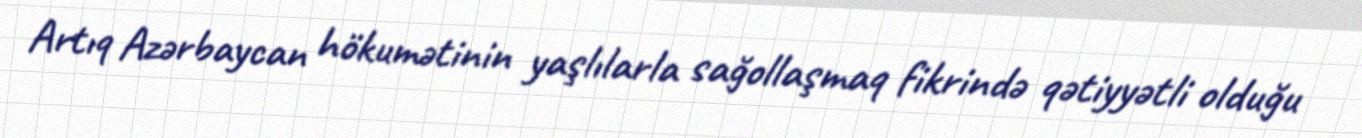
Artıq Azərbaycan hökumətinin yaşlılarla sağollaşmaq fikrində qətiyyətli olduğu